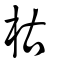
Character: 枯